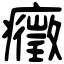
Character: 癥